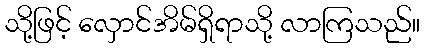
သို့ဖြင့် လှောင်အိမ်ရှိရာသို့ လာကြသည်။